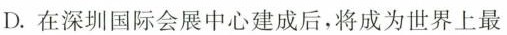
D.在深圳国际会展中心建成后，将成为世界上最